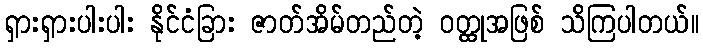
ရှားရှားပါးပါး နိုင်ငံခြား ဇာတ်အိမ်တည်တဲ့ ဝတ္ထုအဖြစ် သိကြပါတယ်။